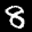
Label: 8